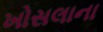
ખોસલાના